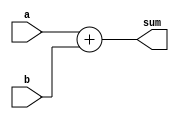
module adder (a, b, sum);
  input [15:0] a, b;
  output [15:0] sum;

  wire [15:0] sum;

  assign sum = a + b;

endmodule